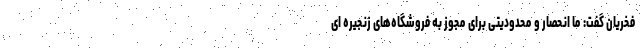
فخریان گفت: ما انحصار و محدودیتی برای مجوز به فروشگاه‌های زنجیره ای